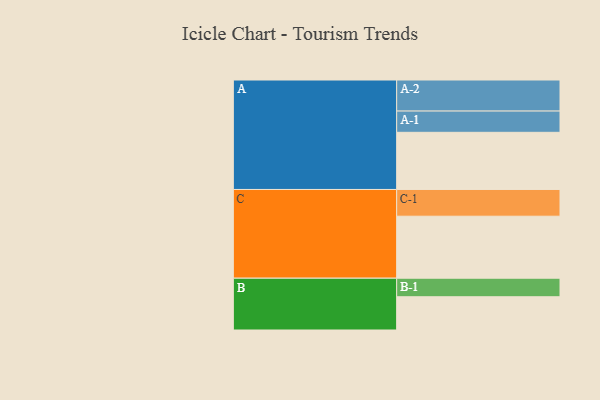
{"axis": {"x": "Segment", "y": "Value"}, "legend": ["", "A", "B", "C"], "data": [{"x": "A", "y": 543, "type": ""}, {"x": "B", "y": 316, "type": ""}, {"x": "C", "y": 589, "type": ""}, {"x": "A-1", "y": 202, "type": "A"}, {"x": "A-2", "y": 295, "type": "A"}, {"x": "B-1", "y": 176, "type": "B"}, {"x": "C-1", "y": 254, "type": "C"}]}